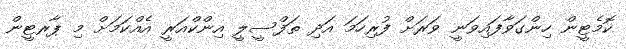
ކޮމެޓީން ހިންގަވާފައިވަނީ ވަރަށް ފުރިހަމަ އަދި ތަފްސީލީ އިންކްއަރީ އެއްކަމަށް މި ޕާރޓީން